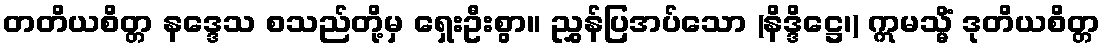
တတိယစိတ္တ နဒ္ဒေသ စသည်တို့မှ ရှေးဦးစွာ။ ညွှန်ပြအပ်သော (နိဒ္ဒိဋ္ဌေ၊) ဣမသ္မိံ ဒုတိယစိတ္တ